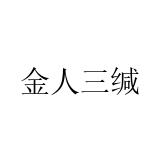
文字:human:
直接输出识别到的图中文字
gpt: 金人三缄